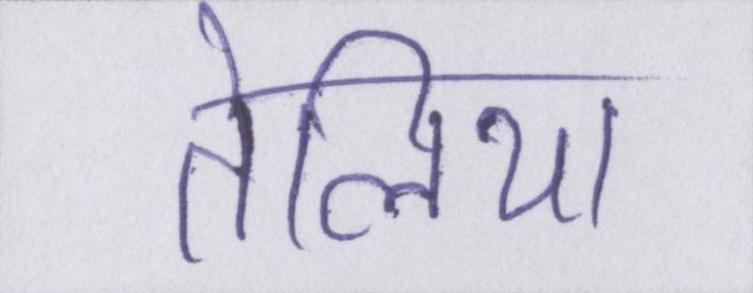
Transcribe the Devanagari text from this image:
तेलिया